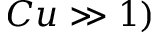
C u \gg 1 )